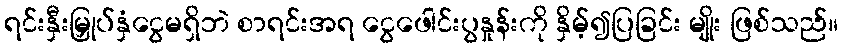
ရင်းနှီးမြှုပ်နှံငွေမရှိဘဲ စာရင်းအရ ငွေဖေါင်းပွနှုန်းကို နှိမ့်၍ပြခြင်း မျိုး ဖြစ်သည်။